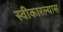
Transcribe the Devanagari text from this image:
स्वीकारल्यास